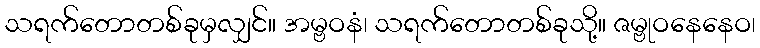
သရက်တောတစ်ခုမှလျှင်။ အမ္ဗဝနံ၊ သရက်တောတစ်ခုသို့။ ဇမ္ဗုဝနေနေဝ၊